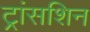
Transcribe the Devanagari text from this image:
ट्रांसशिन